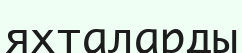
яхталарды